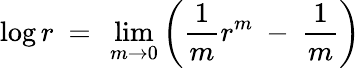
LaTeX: \log r\ =\ \operatorname*{lim}_{m\rightarrow 0}\left(\frac{1}{m}r^{m}\ -\ \frac{1}{m}\right)